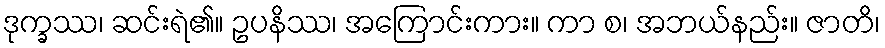
ဒုက္ခဿ၊ ဆင်းရဲ၏။ ဥပနိဿ၊ အကြောင်းကား။ ကာ စ၊ အဘယ်နည်း။ ဇာတိ၊